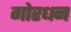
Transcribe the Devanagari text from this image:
गोरधन